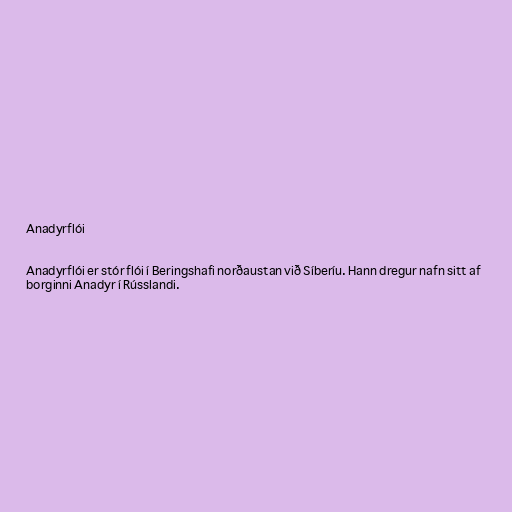
Anadyrflói

Anadyrflói er stór flói í Beringshafi norðaustan við Síberíu. Hann dregur nafn sitt af
borginni Anadyr í Rússlandi.